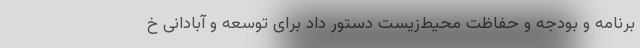
برنامه و بودجه و حفاظت محیط‌زیست دستور داد برای توسعه و آبادانی خ